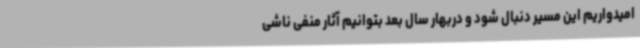
امیدواریم این مسیر دنبال شود و دربهار سال بعد بتوانیم آثار منفی ناشی